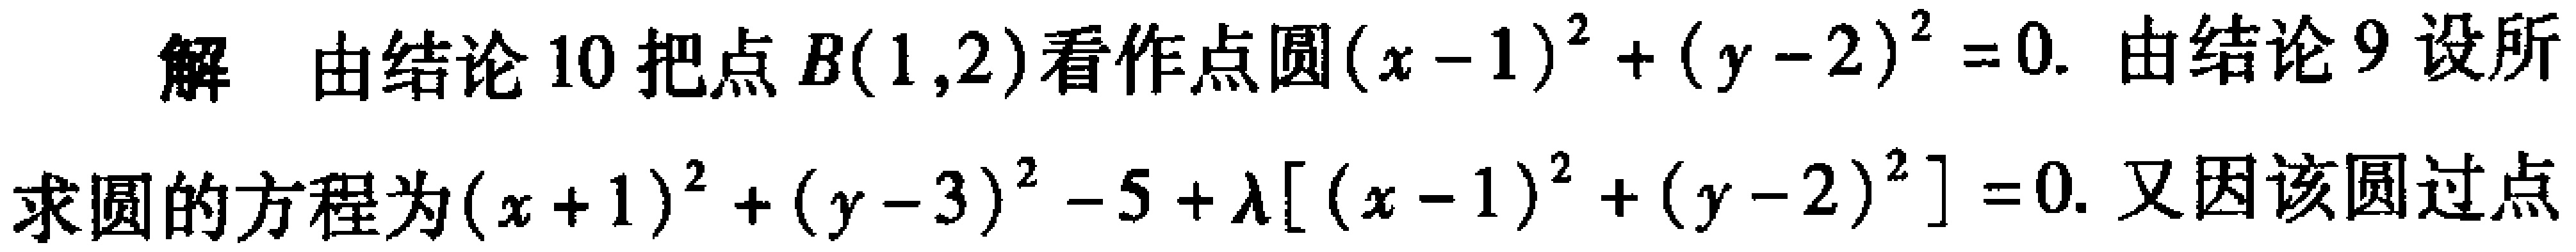
解 由结论 10 把点 \(B(1,2)\) 看作点圆 \((x - 1)^{2}+(y - 2)^{2}=0\). 由结论 9 设所求圆的方程为 \((x + 1)^{2}+(y - 3)^{2}-5+\lambda[(x - 1)^{2}+(y - 2)^{2}]=0\). 又因该圆过点